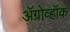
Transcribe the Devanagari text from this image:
ॲग्रोव्हॉक